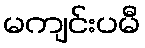
မကျင်းပမီ